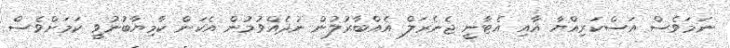
ނަމަވެސް އަސްކަރިއްޔާ އާއި އެޓާނީ ޖެނެރަލް އެއްބާރުލުން ނުދެއްވުމުން އެކަން ކާމިޔާބުނުވީ ކަމަށްވެސް